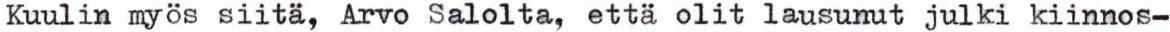
Kuulin myös siitä, Arvo Salolta, että olit lausunut julki kiinnos-